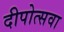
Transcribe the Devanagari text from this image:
दीपोत्सवा